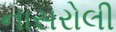
નાસરોલી